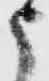
申